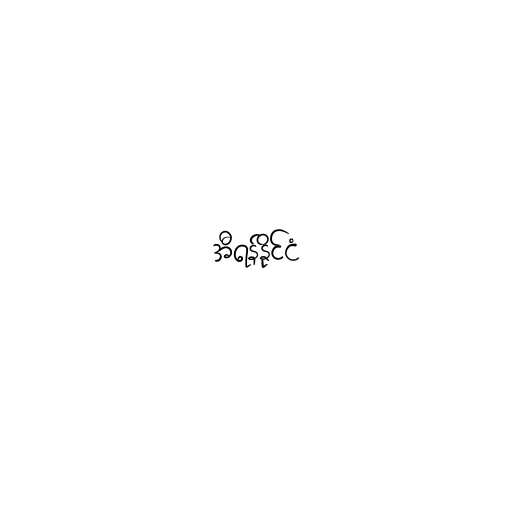
အီရန်နိုင်ငံ